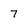
Character: 7